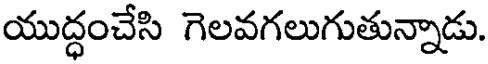
యుద్ధంచేసి గెలవగలుగుతున్నాడు.